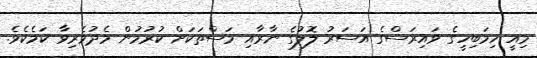
މިއީ ހިމަބިހީގެ ވައިރަސްގެ އަސަރު ލޮލުގެ ނާރާއި މަސްތަކަށް ކުރުމުން މެދުވެރިވާ ކަމެކެވެ.